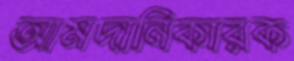
আমদানিকারক